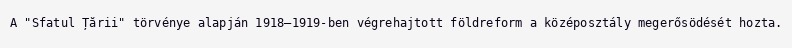
A "Sfatul Țării" törvénye alapján 1918–1919-ben végrehajtott földreform a középosztály megerősödését hozta.